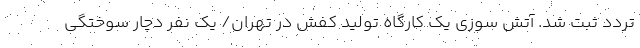
تردد ثبت شد. آتش سوزی یک کارگاه تولید کفش در تهران/ یک نفر دچار سوختگی